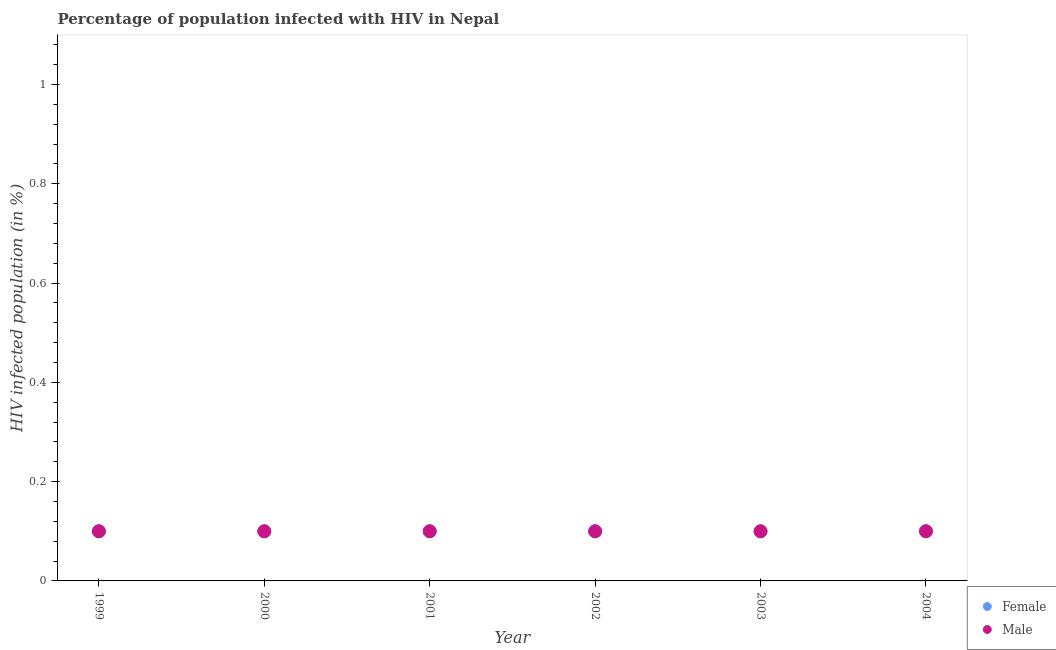
| Year | Female | Male |
 | --- | --- | --- |
 | 1999 | 0.1 | 0.1 |
 | 2000 | 0.1 | 0.1 |
 | 2001 | 0.1 | 0.1 |
 | 2002 | 0.1 | 0.1 |
 | 2003 | 0.1 | 0.1 |
 | 2004 | 0.1 | 0.1 |